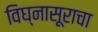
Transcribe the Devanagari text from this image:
विघ्नासूराचा